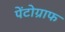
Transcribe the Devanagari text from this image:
पेंटोग्राफ